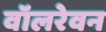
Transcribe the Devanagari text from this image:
वॉलरेवन